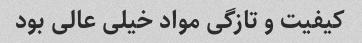
کیفیت و تازگی مواد خیلی عالی بود